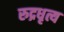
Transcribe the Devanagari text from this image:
रुद्रधृत्य